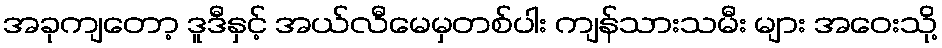
အခုကျတော့ ဒူဒီနှင့် အယ်လီမေမှတစ်ပါး ကျန်သားသမီး များ အဝေးသို့